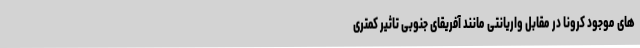
های موجود کرونا در مقابل واریانتی مانند آفریقای جنوبی تاثیر کمتری